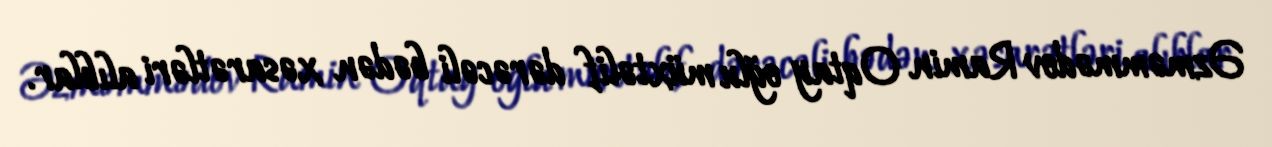
Əzməmmədov Ramin Oqtay oğlu müxtəlif dərəcəli bədən xəsarətləri alıblar.